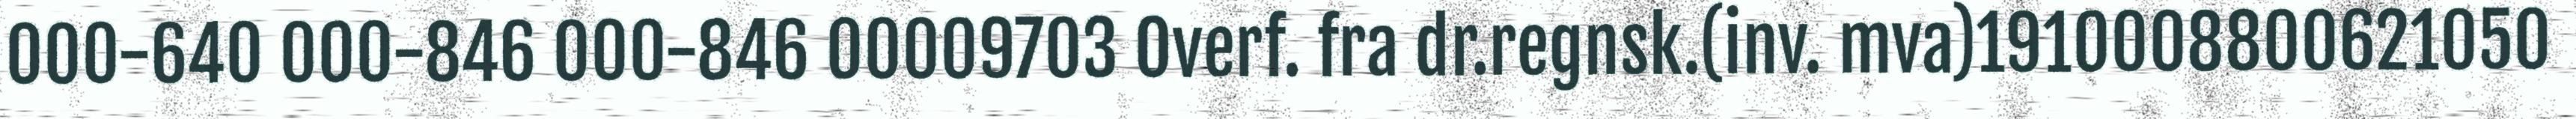
000-640 000-846 000-846 00009703 Overf. fra dr.regnsk.(inv. mva)1910008800621050